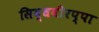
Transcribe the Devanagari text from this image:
सिद्धवीरप्पा